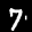
Label: 7